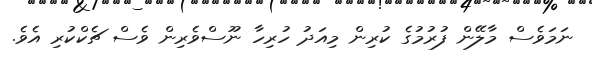
ނަމަވެސް މާލޭން ފުރުމުގެ ކުރިން މިއަދު ހުރިހާ ނޫސްވެރިން ވެސް ޗެކްކުރި އެވެ.